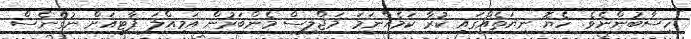
ހިސާބުންނެވެ. ހެޔޮ ނިޔަތެއްގައި ކުރާ ކަމެއްނަމަ މަޖްލިސް މެންބަރުން އަމިއްލަ ޕާޓީއަށް ނުގެނެސް